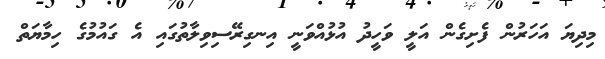
މިދިޔަ އަހަރުން ފެށިގެން އަލީ ވަހީދު އުޅުއްވަނީ އިނގިރޭސިވިލާތުގައި އެ ގައުމުގެ ހިމާޔަތް